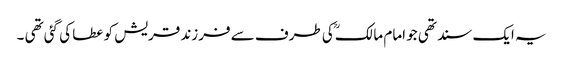
یہ ایک سند تھی جو امام مالکؒ کی طرف سے فرزند قریش کو عطا کی گئی تھی ۔